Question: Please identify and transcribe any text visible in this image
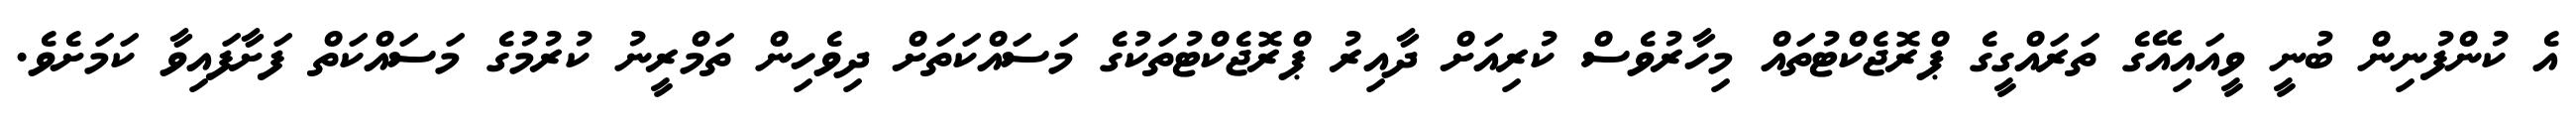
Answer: އެ ކުންފުނިން ބުނީ ވީއައިއޭގެ ތަރައްގީގެ ޕްރޮޖެކްޓުތައް މިހާރުވެސް ކުރިއަށް ދާއިރު ޕްރޮޖެކްޓުތަކުގެ މަސައްކަތަށް ދިވެހިން ތަމްރީނު ކުރުމުގެ މަސައްކަތް ފަށާފައިވާ ކަމަށެވެ.